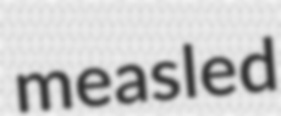
measled